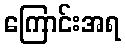
ကြောင်းအရ